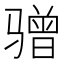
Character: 𫘯